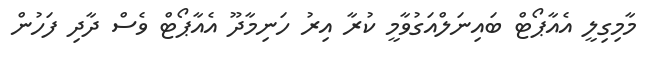
މާމިގިލީ އެއާޕޯޓް ބައިނަލްއަގުވާމީ ކުރާ އިރު ހަނިމާދޫ އެއާޕޯޓް ވެސް ދާދި ފަހުން